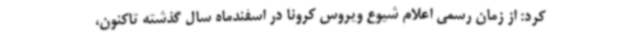
کرد: از زمان رسمی اعلام شیوع ویروس کرونا در اسفندماه سال گذشته تاکنون،